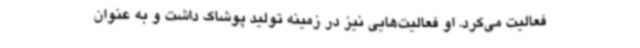
فعالیت می‌کرد. او فعالیت‌هایی نیز در زمینه تولید پوشاک داشت و به عنوان